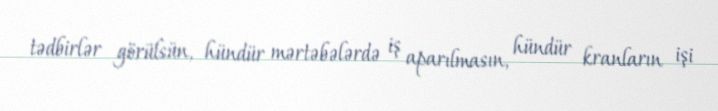
tədbirlər görülsün, hündür mərtəbələrdə iş aparılmasın, hündür kranların işi